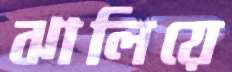
ঝালিয়ে